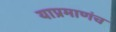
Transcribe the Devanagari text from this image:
याप्रमाणंच